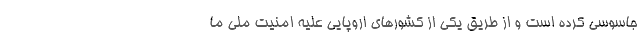
جاسوسی کرده است و از طریق یکی از کشورهای اروپایی علیه امنیت ملی ما